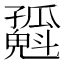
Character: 𡦶